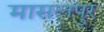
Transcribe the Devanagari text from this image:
मासलपुर